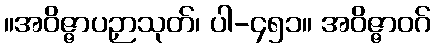
။အဝိဇ္ဇာပဉှာသုတ်၊ ပါ-၄၅၁။ အဝိဇ္ဇာဝဂ်